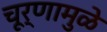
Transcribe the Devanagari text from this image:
चूर्णामुळे